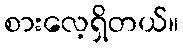
စားလေ့ရှိတယ်။